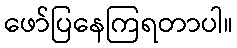
ဖော်ပြနေကြရတာပါ။